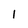
Character: 1